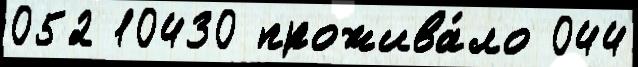
052 10430 прожива́ло 044